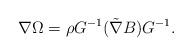
LaTeX: \begin{align*}\nabla \Omega = \rho G^{-1}(\tilde \nabla B)G^{-1}.\end{align*}